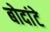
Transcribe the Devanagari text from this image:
बोदांटे